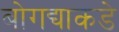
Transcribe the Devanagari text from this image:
बोगद्याकडे